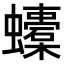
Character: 𧔬